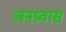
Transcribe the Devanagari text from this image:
जनप्रवास